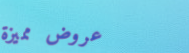
عروض مميزة